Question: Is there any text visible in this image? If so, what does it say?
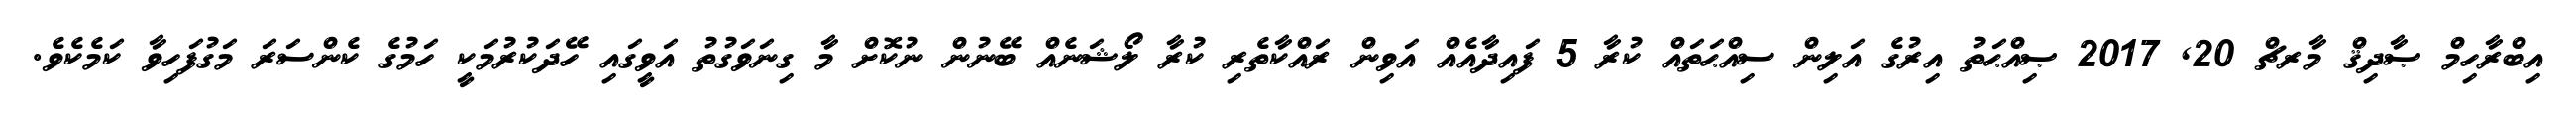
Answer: އިބްރާހިމް ޞާދިޤް މާރޗް 20, 2017 ޞިއްޙަތު އިރުގެ އަލިން ސިއްޙަތައް ކުރާ 5 ފައިދާއެއް އަވިން ރައްކާތެރި ކުރާ ލޯޝަނެއް ބޭނުން ނުކޮށް މާ ގިނަވަގުތު އަވީގައި ހޭދަކުރުމަކީ ހަމުގެ ކެންސަރަ މަގުފަހިވާ ކަމެކެވެ.